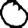
Digit: 0